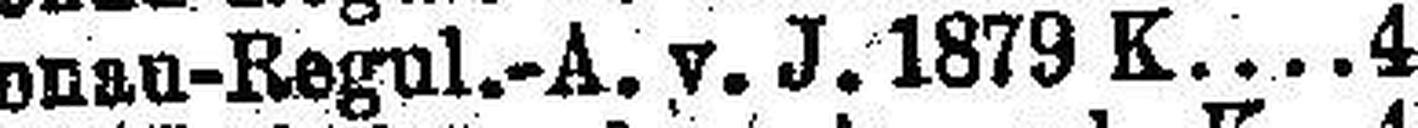
Donan-Regul.-A. y. J.1879 K 4